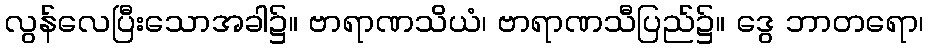
လွန်လေပြီးသောအခါ၌။ ဗာရာဏသိယံ၊ ဗာရာဏသီပြည်၌။ ဒွေ ဘာတရော၊